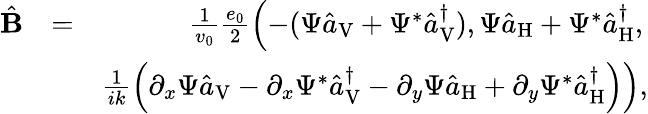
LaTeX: \begin{array}{rlr}{\hat{\mathbf B}}&{=}&{\frac{1}{v_{0}}\frac{e_{0}}{2}\left(-(\Psi\hat{a}_{\mathrm{V}}+\Psi^{*}\hat{a}_{\mathrm{V}}^{\dagger}),\Psi\hat{a}_{\mathrm{H}}+\Psi^{*}\hat{a}_{\mathrm{H}}^{\dagger},\right.}\\ &{}&{\left.\frac{1}{ik}\left(\partial_{x}\Psi\hat{a}_{\mathrm{V}}-\partial_{x}\Psi^{*}\hat{a}_{\mathrm{V}}^{\dagger}-\partial_{y}\Psi\hat{a}_{\mathrm{H}}+\partial_{y}\Psi^{*}\hat{a}_{\mathrm{H}}^{\dagger}\right)\right),}\end{array}